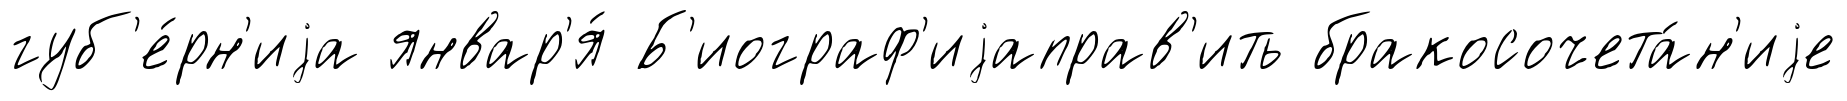
губ'е́рн'иjа январ'я́ Б'иограф'иjаправ'ить бракосочета́н'иjе